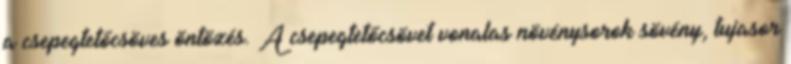
a csepegtetőcsöves öntözés. A csepegtetőcsövet vonalas növénysorok sövény, tujasor